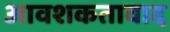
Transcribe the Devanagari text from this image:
आवशकतावाद